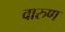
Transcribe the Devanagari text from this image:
वारुण